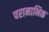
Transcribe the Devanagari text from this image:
परानाभिक